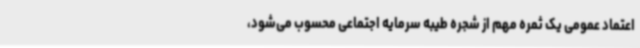
اعتماد عمومی یک ثمره مهم از شجره طیبه سرمایه اجتماعی محسوب می‌شود،